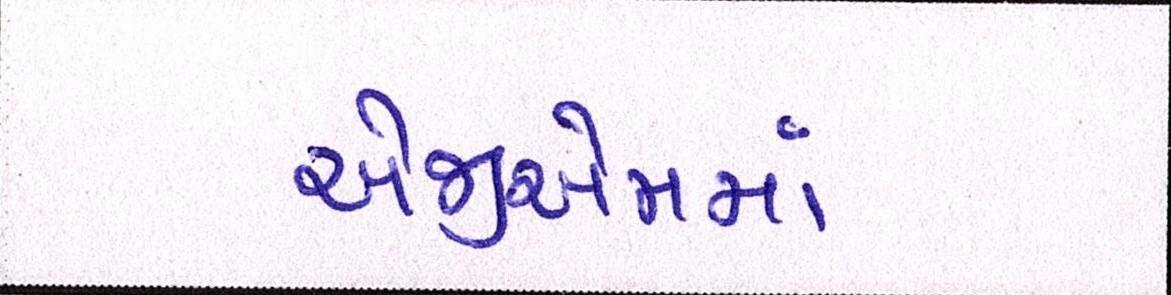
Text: એજીએમમાં